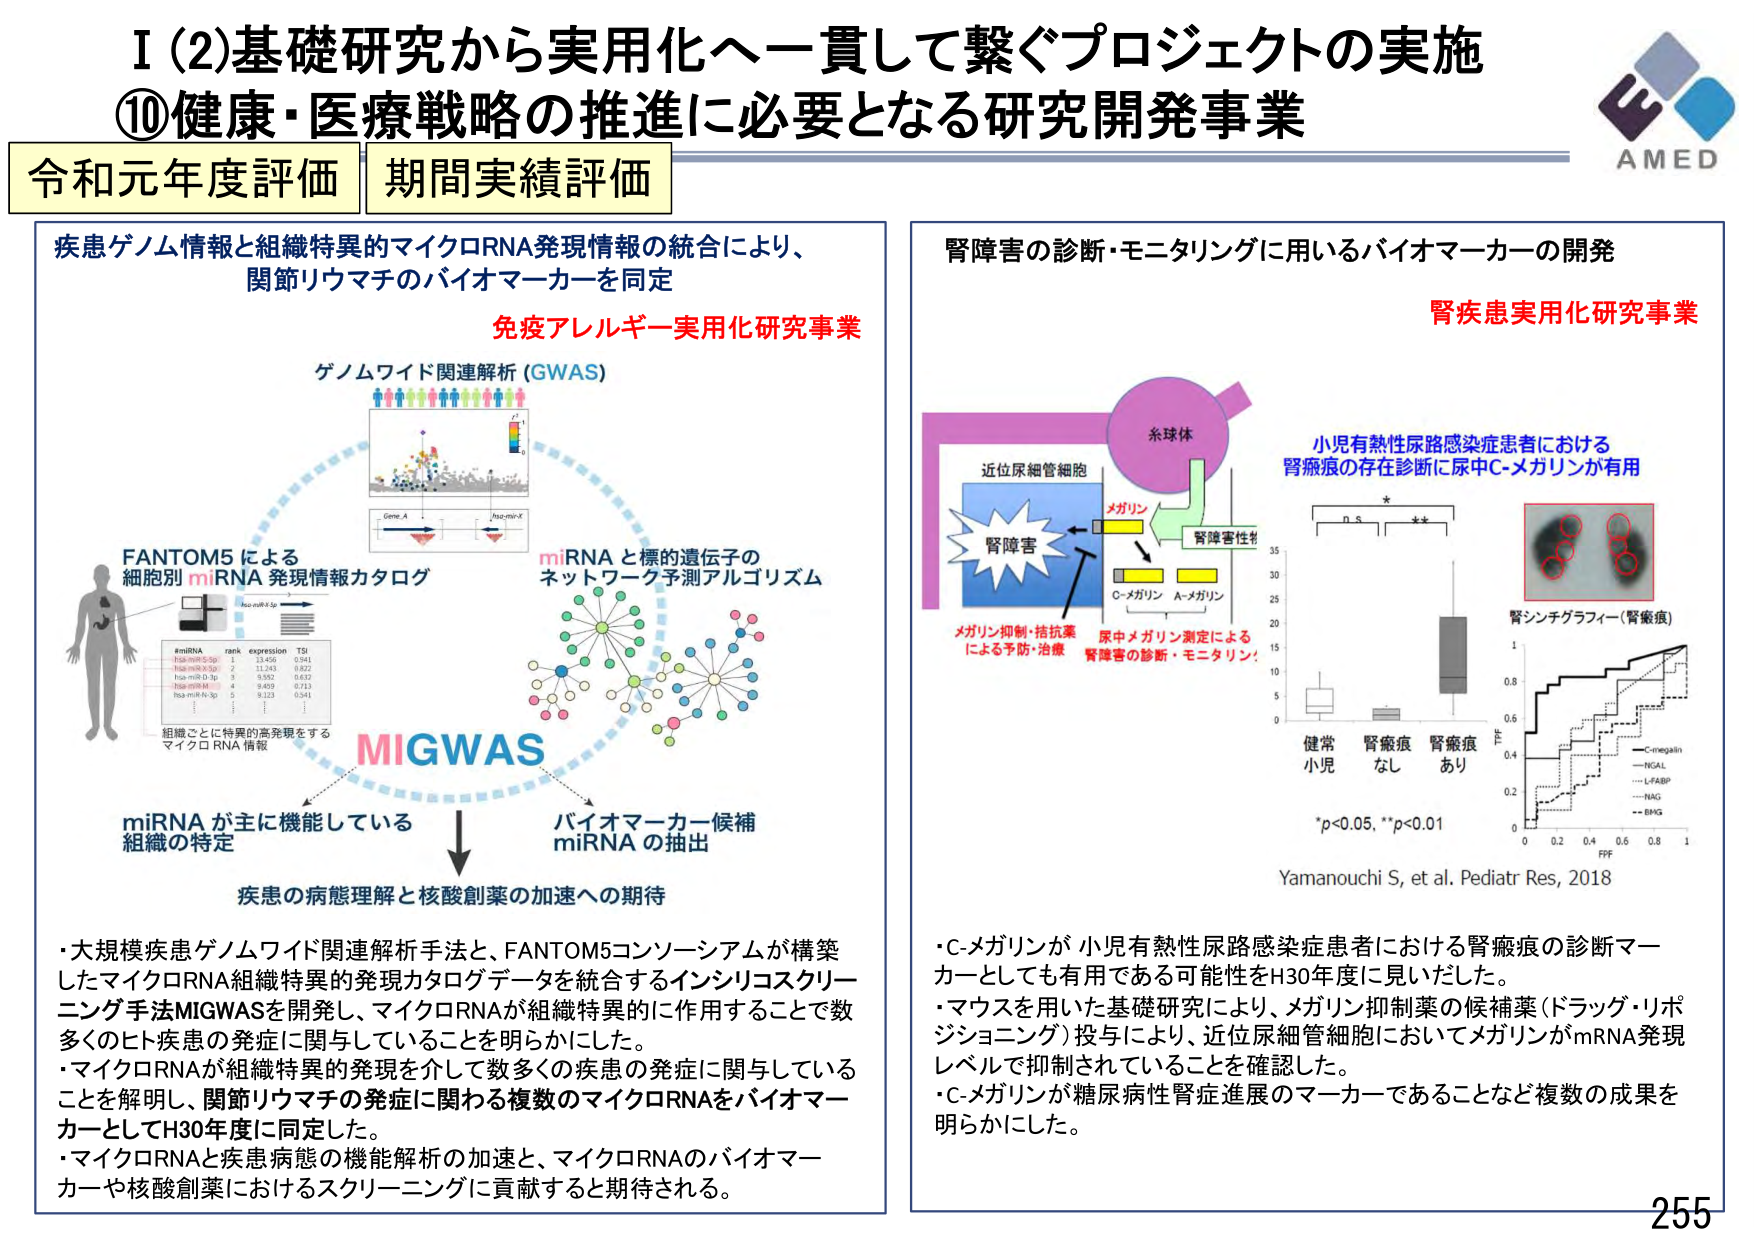
I (2)基礎研究から実用化へ一貫して繋ぐプロジェクトの実施
⑩健康・医療戦略の推進に必要となる研究開発事業
令和元年度評価 期間実績評価

疾患ゲノム情報と組織特異的マイクロRNA発現情報の統合により、
関節リウマチのバイオマーカーを同定

免疫アレルギー実用化研究事業
ゲノムワイド関連解析 (GWAS)

FANTOM5 による
細胞別 miRNA 発現情報カタログ

miRNA と標的遺伝子の
ネットワーク予測アルゴリズム

MIGWAS

miRNA が主に機能している
組織の特定

バイオマーカー候補
miRNA の抽出

疾患の病態理解と核酸創薬の加速への期待

・大規模疾患ゲノムワイド関連解析手法と、FANTOM5コンソーシアムが構築したマイクロRNA組織特異的発現カタログデータを統合するインシリコスクリーニング手法MIGWASを開発し、マイクロRNAが組織特異的に作用することで数多くのヒト疾患の発症に関与していることを明らかにした。
・マイクロRNAが組織特異的発現を介して数多くの疾患の発症に関与していることを解明し、関節リウマチの発症に関わる複数のマイクロRNAをバイオマーカーとしてH30年度に同定した。
・マイクロRNAと疾患病態の機能解析の加速と、マイクロRNAのバイオマーカーや核酸創薬におけるスクリーニングに貢献すると期待される。

腎障害の診断・モニタリングに用いるバイオマーカーの開発
腎疾患実用化研究事業

糸球体
近位尿細管細胞
メガリン
腎障害性物質
O-メガリン A-メガリン
メガリン抑制・拮抗薬
による予防・治療
尿中メガリン測定による
腎障害の診断・モニタリング！

小児有熱性尿路感染症患者における
腎瘢痕の存在診断に尿中C-メガリンが有用

健常
小児
腎瘢痕
なし
腎瘢痕
あり

*p<0.05, **p<0.01

Yamanouchi S, et al. Pediatr Res, 2018

腎シンチグラフィー（腎瘢痕）

・C-メガリンが小児有熱性尿路感染症患者における腎瘢痕の診断マーカーとしても有用である可能性をH30年度に見いだした。
・マウスを用いた基礎研究により、メガリン抑制薬の候補薬（ドラッグ・リポジショニング）投与により、近位尿細管細胞においてメガリンがmRNA発現レベルで抑制されていることを確認した。
・C-メガリンが糖尿病性腎症進展のマーカーであることなど複数の成果を明らかにした。

AMED
255